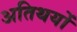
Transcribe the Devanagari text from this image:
अतिथयों